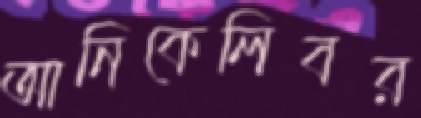
আনিকেলিবর